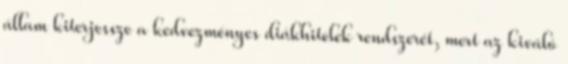
állam kiterjessze a kedvezményes diákhitelek rendszerét, mert az kiváló